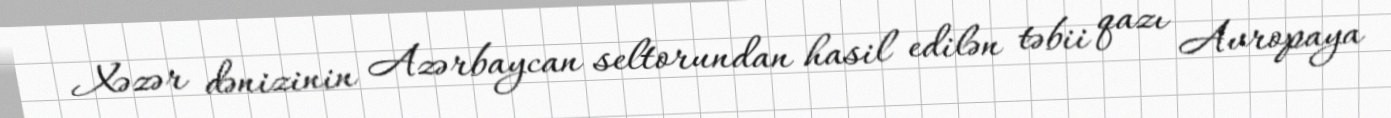
Xəzər dənizinin Azərbaycan seltorundan hasil edilən təbii qazı Avropaya